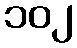
၁၀၂